Civil Veterinary Dept. North-West Frontier Province 1901-22 - 1901-1922
Year: 1901
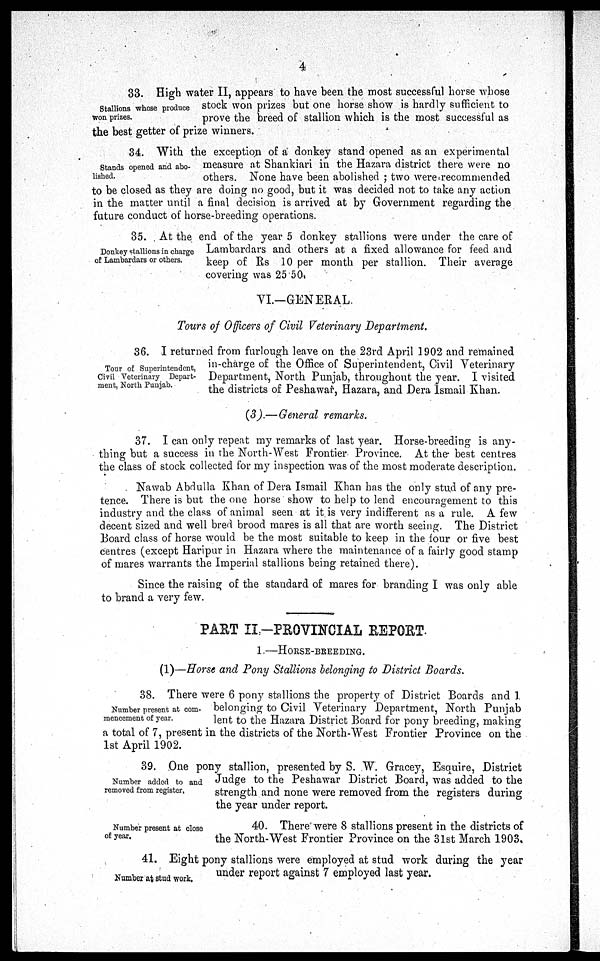
4
Stallions whose produce
won prizes.
33. High water II, appears to have been the most successful horse whose
stock won prizes but one horse show is hardly sufficient to
prove the breed of stallion which is the most successful as
the best getter of prize winners.
Stands opened and abo-
lished.
34. With the exception of a donkey stand opened as an experimental
measure at Shankiari in the Hazara district there were no
others. None have been abolished; two were recommended
to be closed as they are doing no good, but it was decided not to take any action
in the matter until a final decision is arrived at by Government regarding the
future conduct of horse-breeding operations.
Donkey stallions in charge
of Lambardars or others.
35. At the end of the year 5 donkey stallions were under the care of
Lambardars and others at a fixed allowance for feed and
keep of Rs 10 per month per stallion. Their average
covering was 25.50.
VI.—GENERAL
Tours of Officers of Civil Veterinary Department.
Tour of Superintendent,
Civil Veterinary Depart-
ment, North Punjab.
36. I returned from furlough leave on the 23rd April 1902 and remained
in-charge of the Office of Superintendent, Civil Veterinary
Department, North Punjab, throughout the year. I visited
the districts of Peshawar, Hazara, and Dera Ismail Khan.
(3).—General remarks.
37. I can only repeat my remarks of last year. Horse-breeding is any-
thing but a success in the North-West Frontier Province. At the best centres
the class of stock collected for my inspection was of the most moderate description.
Nawab Abdulla Khan of Dera Ismail Khan has the only stud of any pre-
tence. There is but the one horse show to help to lend encouragement to this
industry and the class of animal seen at it is very indifferent as a rule. A few
decent sized and well bred brood mares is all that are worth seeing. The District
Board class of horse would be the most suitable to keep in the four or five best
centres (except Haripur in Hazara where the maintenance of a fairly good stamp
of mares warrants the Imperial stallions being retained there).
Since the raising of the standard of mares for branding I was only able
to brand a very few.
PART II-PROVINCIAL REPORT.
1—HORSE-BEEDING.
(1)—Horse and Pony Stallions belonging to District Boards.
Number present at com-
mencement of year.
38. There were 6 pony stallions the property of District Boards and 1
belonging to Civil Veterinary Department, North Punjab
lent to the Hazara District Board for pony breeding, making
a total of 7, present in the districts of the North-West Frontier Province on the
1st April 1902.
Number added to and
removed from register.
39. One pony stallion, presented by S. W. Gracey, Esquire, District
Judge to the Peshawar District Board, was added to the
strength and none were removed from the registers during
the year under report.
Number present at close
of year.
40. There were 8 stallions present in the districts of
the North-West Frontier Province on the 31st March 1903.
Number at stud work.
41. Eight pony stallions were employed at stud work during the year
under report against 7 employed last year.